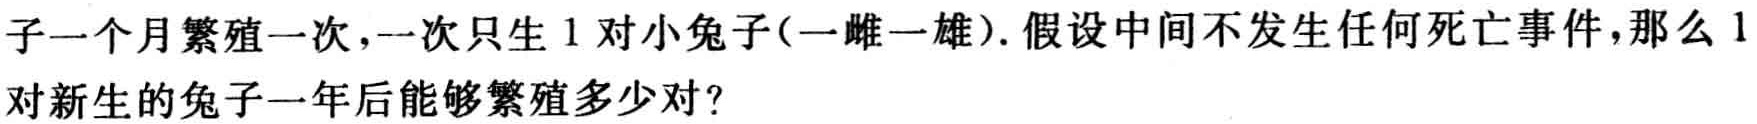
子一个月繁殖一次，一次只生 1 对小兔子(一雌一雄). 假设中间不发生任何死亡事件，那么 1对新生的兔子一年后能够繁殖多少对？